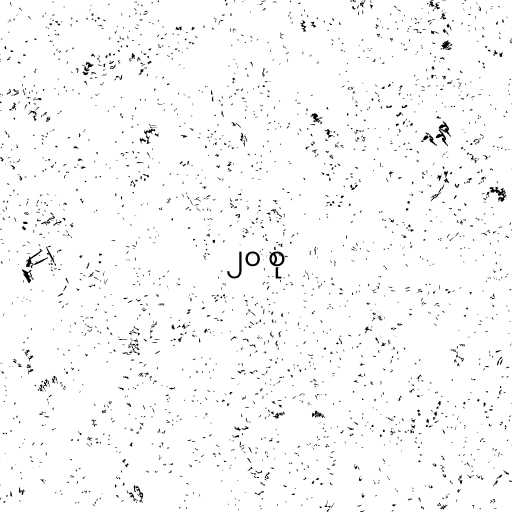
၂၀ စု